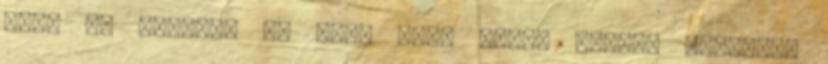
por, és hullott az eső, élet alatt hogyan találom?